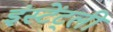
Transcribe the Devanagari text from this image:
इंस्टेंट्ली